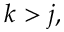
k > j ,